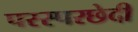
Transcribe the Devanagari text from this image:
परस्परछेदी